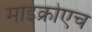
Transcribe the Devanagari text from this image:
माइक्रोएच